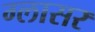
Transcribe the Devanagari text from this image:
ग्लासर